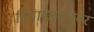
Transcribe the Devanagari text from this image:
दिया।अक्टूबर